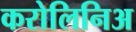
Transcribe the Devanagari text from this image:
करोलिनिअ